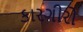
કારગીરો